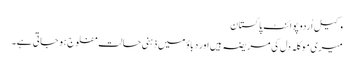
وکیل اُردو پوائنٹ پاکستان
میری موکلہ دل کی مریضہ ہیں اور دباؤ میں ذہنی حالت مفلوج ہو جاتی ہے۔